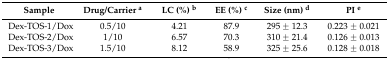
| Sample | Drug/Carrier a | LC (%) b | EE (%) c | Size (nm) d | PI e |
 | --- | --- | --- | --- | --- | --- |
 | Dex-TOS-1/Dox | 0.5/10 | 4.21 | 87.9 | 295 ± 12.3 | 0.223 ± 0.021 |
 | Dex-TOS-2/Dox | 1/10 | 6.57 | 70.3 | 310 ± 21.4 | 0.126 ± 0.013 |
 | Dex-TOS-3/Dox | 1.5/10 | 8.12 | 58.9 | 325 ± 25.6 | 0.128 ± 0.018 |